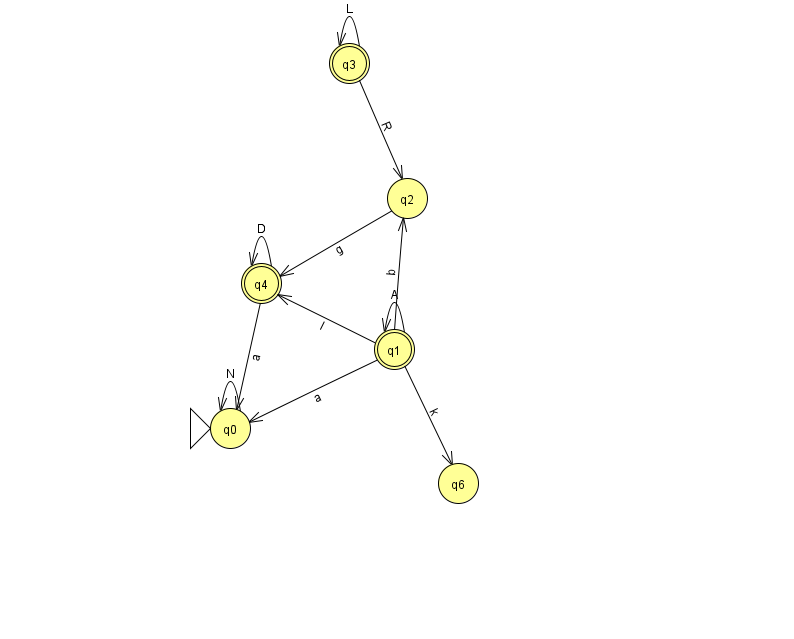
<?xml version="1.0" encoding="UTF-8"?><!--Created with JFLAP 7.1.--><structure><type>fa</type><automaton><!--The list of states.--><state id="0" name="q0"><x>230.0</x><y>415.0</y><initial/></state><state id="1" name="q1"><x>394.0</x><y>336.0</y><final/></state><state id="2" name="q2"><x>407.0</x><y>185.0</y></state><state id="3" name="q3"><x>349.0</x><y>50.0</y><final/></state><state id="4" name="q4"><x>261.0</x><y>270.0</y><final/></state><state id="6" name="q6"><x>458.0</x><y>470.0</y></state><!--The list of transitions.--><transition><from>1</from><to>0</to><read>a</read></transition><transition><from>1</from><to>1</to><read>A</read></transition><transition><from>1</from><to>4</to><read>l</read></transition><transition><from>1</from><to>6</to><read>k</read></transition><transition><from>4</from><to>4</to><read>D</read></transition><transition><from>2</from><to>4</to><read>g</read></transition><transition><from>3</from><to>2</to><read>R</read></transition><transition><from>1</from><to>2</to><read>b</read></transition><transition><from>3</from><to>3</to><read>L</read></transition><transition><from>0</from><to>0</to><read>N</read></transition><transition><from>4</from><to>0</to><read>a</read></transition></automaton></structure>